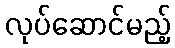
လုပ်ဆောင်မည့်